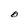
Character: O